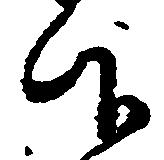
仰